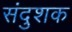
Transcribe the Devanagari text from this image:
संदुशक